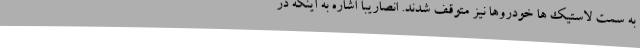
به سمت لاستیک ها خودروها نیز متوقف شدند. انصاریبا اشاره به اینکه در